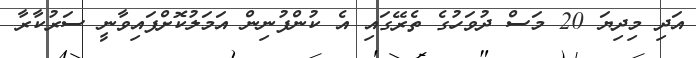
އަދި މިދިޔަ 20 މަސް ދުވަހުގެ ތެރޭގައި އެ ކުންފުނިން އަމަލުކޮށްފައިވާނީ ސަރުކާރާ